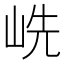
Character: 𱛥